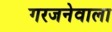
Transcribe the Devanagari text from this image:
गरजनेवाला